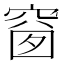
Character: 𥦬